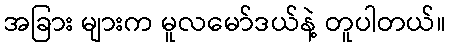
အခြား များက မူလမော်ဒယ်နဲ့ တူပါတယ်။